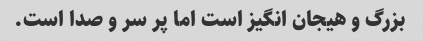
بزرگ و هیجان انگیز است اما پر سر و صدا است.